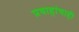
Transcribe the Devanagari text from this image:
प्रवाहांचाही